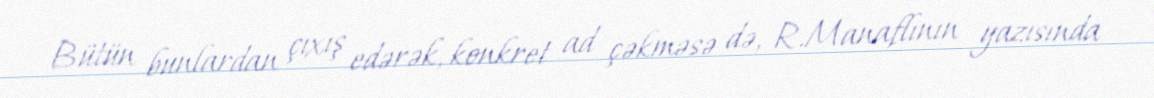
Bütün bunlardan çıxış edərək, konkret ad çəkməsə də, R.Manaflının yazısında